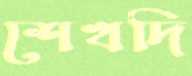
শেখদি